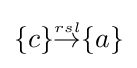
{\textstyle \{c\}{\stackrel {\scriptscriptstyle rsl}{\rightarrow }}\{a\}}